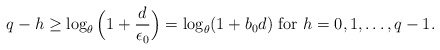
\begin{align*} q-h\ge \log_{\theta}\Big(1+\frac{d}{\epsilon_0}\Big)=\log_{\theta}(1+b_0d)~{\rm for}~h=0,1,\dots,q-1. \end{align*}